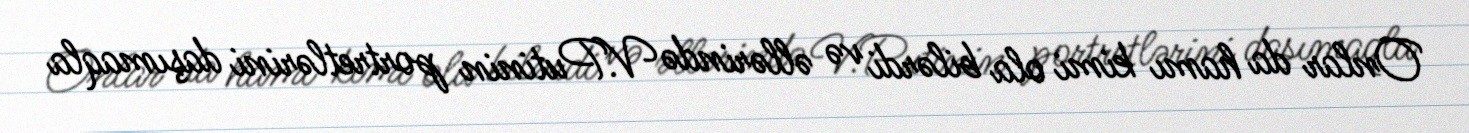
Onlar da hamı kimi ola bilərdi və əllərində V.Putinin portretlərini daşımaqla